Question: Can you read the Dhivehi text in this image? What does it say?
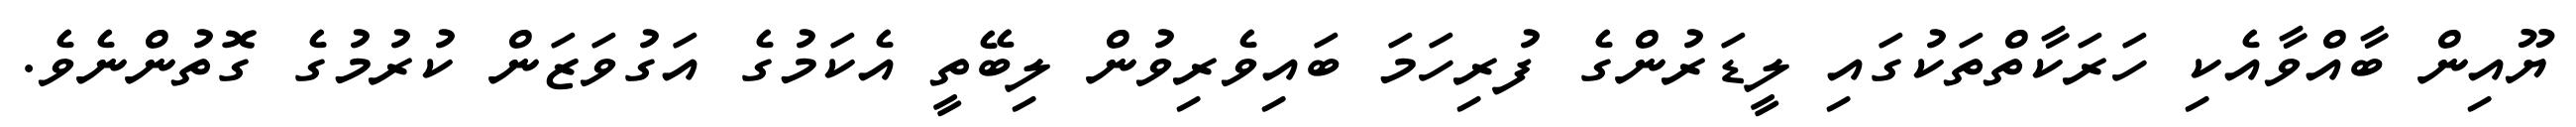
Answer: ޔޫއިން ބާއްވާއެކި ހަރަކާތްތަކުގައި ލީޑަރުންގެ ފުރިހަމަ ބައިވެރިވުން ލިބޭތީ އެކަމުގެ އަގުވަޒަން ކުރުމުގެ ގޮތުންނެވެ.